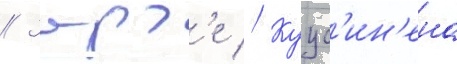
// Зорг'е // Куус'ин'ена